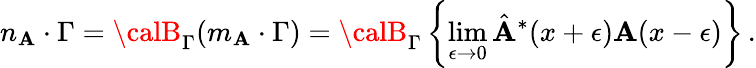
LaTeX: n_{\mathbf{A}}\cdot\Gamma={\calB}_{\Gamma}(m_{\mathbf{A}}\cdot\Gamma)={\calB}_{\Gamma}\left\{ \operatorname*{lim}_{\epsilon\to0}{\hat{{\mathbf{A}}}}^{*}(x+\epsilon)\mathbf{A}(x-\epsilon)\right\} \, .